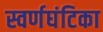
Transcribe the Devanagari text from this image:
स्वर्णघंटिका